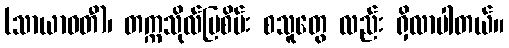
(သာယာဝတီ)၊ တက္ကသိုလ်မြစိမ်း စသူတွေ လည်း ရှိလာပါတယ်။